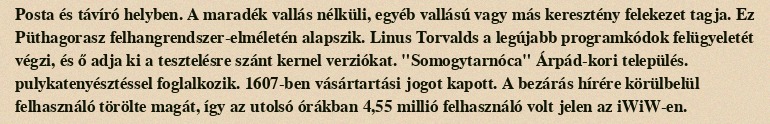
Posta és távíró helyben. A maradék vallás nélküli, egyéb vallású vagy más keresztény felekezet tagja. Ez Püthagorasz felhangrendszer-elméletén alapszik. Linus Torvalds a legújabb programkódok felügyeletét végzi, és ő adja ki a tesztelésre szánt kernel verziókat. "Somogytarnóca" Árpád-kori település. pulykatenyésztéssel foglalkozik. 1607-ben vásártartási jogot kapott. A bezárás hírére körülbelül felhasználó törölte magát, így az utolsó órákban 4,55 millió felhasználó volt jelen az iWiW-en.